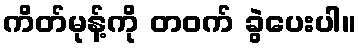
ကိတ်မုန့်ကို တဝက် ခွဲပေးပါ။